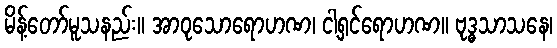
မိန့်တော်မူသနည်း။ အာဝုသောရောဟဏ၊ ငါ့ရှင်ရောဟဏ။ ဗုဒ္ဓသာသနေ၊